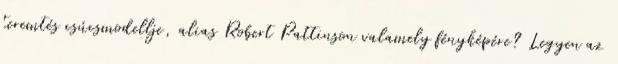
teremtés csúcsmodellje, alias Robert Pattinson valamely fényképére? Legyen az